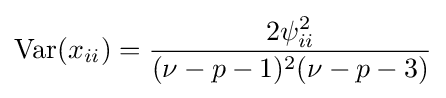
\operatorname {Var} (x_{ii})={\frac {2\psi _{ii}^{2}}{(\nu -p-1)^{2}(\nu -p-3)}}